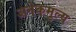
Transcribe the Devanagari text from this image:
अनेकमुल्य